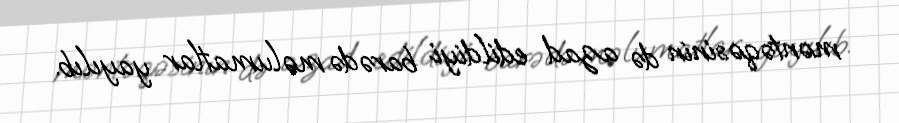
məntəqəsinin də azad edildiyi barədə məlumatlar yayılıb.